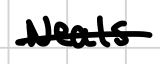
Text: Neals
Cross-out: single-line
Writing tool: digital_black